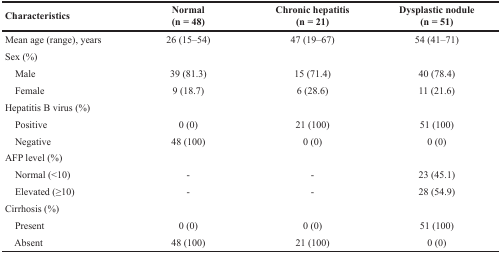
| Characteristics | Normal(n = 48) | Chronic hepatitis(n = 21) | Dysplastic nodule(n = 51) |
 | --- | --- | --- | --- |
 | Mean age (range), years | 26 (15–54) | 47 (19–67) | 54 (41–71) |
 | Sex (%) |  |  |  |
 | Male | 39 (81.3) | 15 (71.4) | 40 (78.4) |
 | Female | 9 (18.7) | 6 (28.6) | 11 (21.6) |
 | Hepatitis B virus (%) |  |  |  |
 | Positive | 0 (0) | 21 (100) | 51 (100) |
 | Negative | 48 (100) | 0 (0) | 0 (0) |
 | AFP level (%) |  |  |  |
 | Normal (<10) | - | - | 23 (45.1) |
 | Elevated (≥10) | - | - | 28 (54.9) |
 | Cirrhosis (%) |  |  |  |
 | Present | 0 (0) | 0 (0) | 51 (100) |
 | Absent | 48 (100) | 21 (100) | 0 (0) |